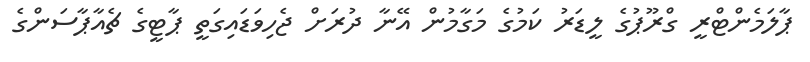
ޕާލަމެންޓްރީ ގްރޫޕުގެ ލީޑަރު ކަމުގެ މަގާމުން އޭނާ ދުރަށް ޖެހިވަޑައިގަތީ ޕާޓީގެ ޗެއާޕާސަންގެ